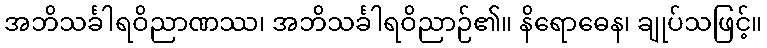
အဘိသင်္ခါရဝိညာဏဿ၊ အဘိသင်္ခါရဝိညာဉ်၏။ နိရောဓေန၊ ချုပ်သဖြင့်။